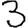
Digit: 3